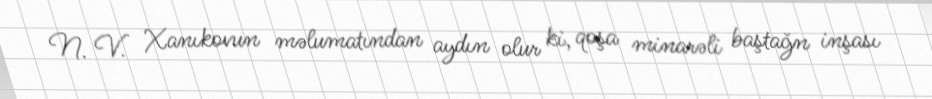
N. V. Xanıkovun məlumatından aydın olur ki, qoşa minarəli baştağn inşası